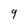
Character: 9